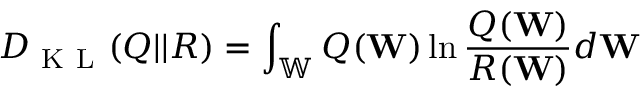
D _ { \mathrm { ~ K ~ L ~ } } ( Q | | R ) = \int _ { \mathbb { W } } Q ( \mathbf { W } ) \ln \frac { Q ( \mathbf { W } ) } { R ( \mathbf { W } ) } d \mathbf { W }